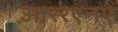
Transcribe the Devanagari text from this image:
आररएनए